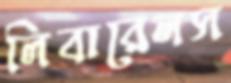
লিবারেলস